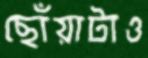
ছোঁয়াটাও